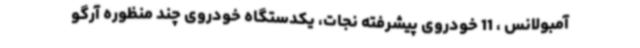
آمبولانس ، 11 خودروی پیشرفته نجات، یکدستگاه خودروی چند منظوره آرگو